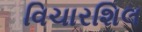
વિચારશિલ